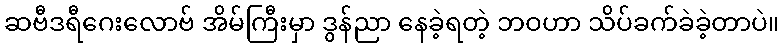
ဆဗီဒရီဂေးလောဗ် အိမ်ကြီးမှာ ဒွန်ညာ နေခဲ့ရတဲ့ ဘဝဟာ သိပ်ခက်ခဲခဲ့တာပဲ။